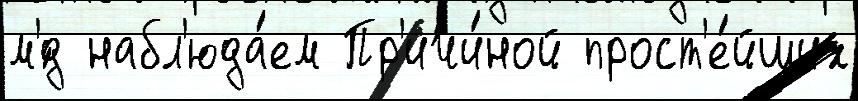
м'́д набл'юда́ем Пр'ичи́ной прост'е́йших